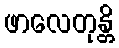
ဖာလေတုန္တိ